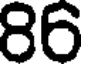
86